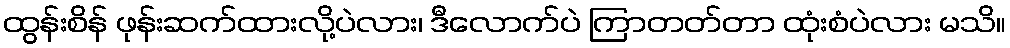
ထွန်းစိန် ဖုန်းဆက်ထားလို့ပဲလား၊ ဒီလောက်ပဲ ကြာတတ်တာ ထုံးစံပဲလား မသိ။